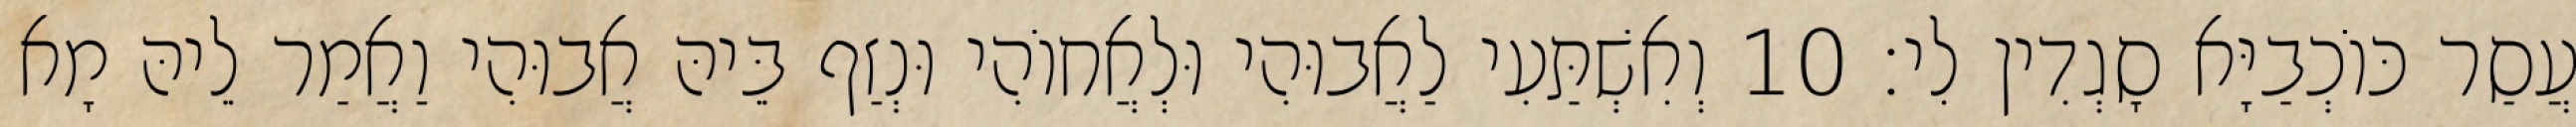
עֲסַר כּוֹכְבַיָּא סָגְדִין לִי׃ 10 וְאִשְׁתַּעִי לַאֲבוּהִי וּלְאֲחוֹהִי וּנְזַף בֵּיהּ אֲבוּהִי וַאֲמַר לֵיהּ מָא